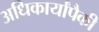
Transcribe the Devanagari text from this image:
अधिकार्यांपैकी